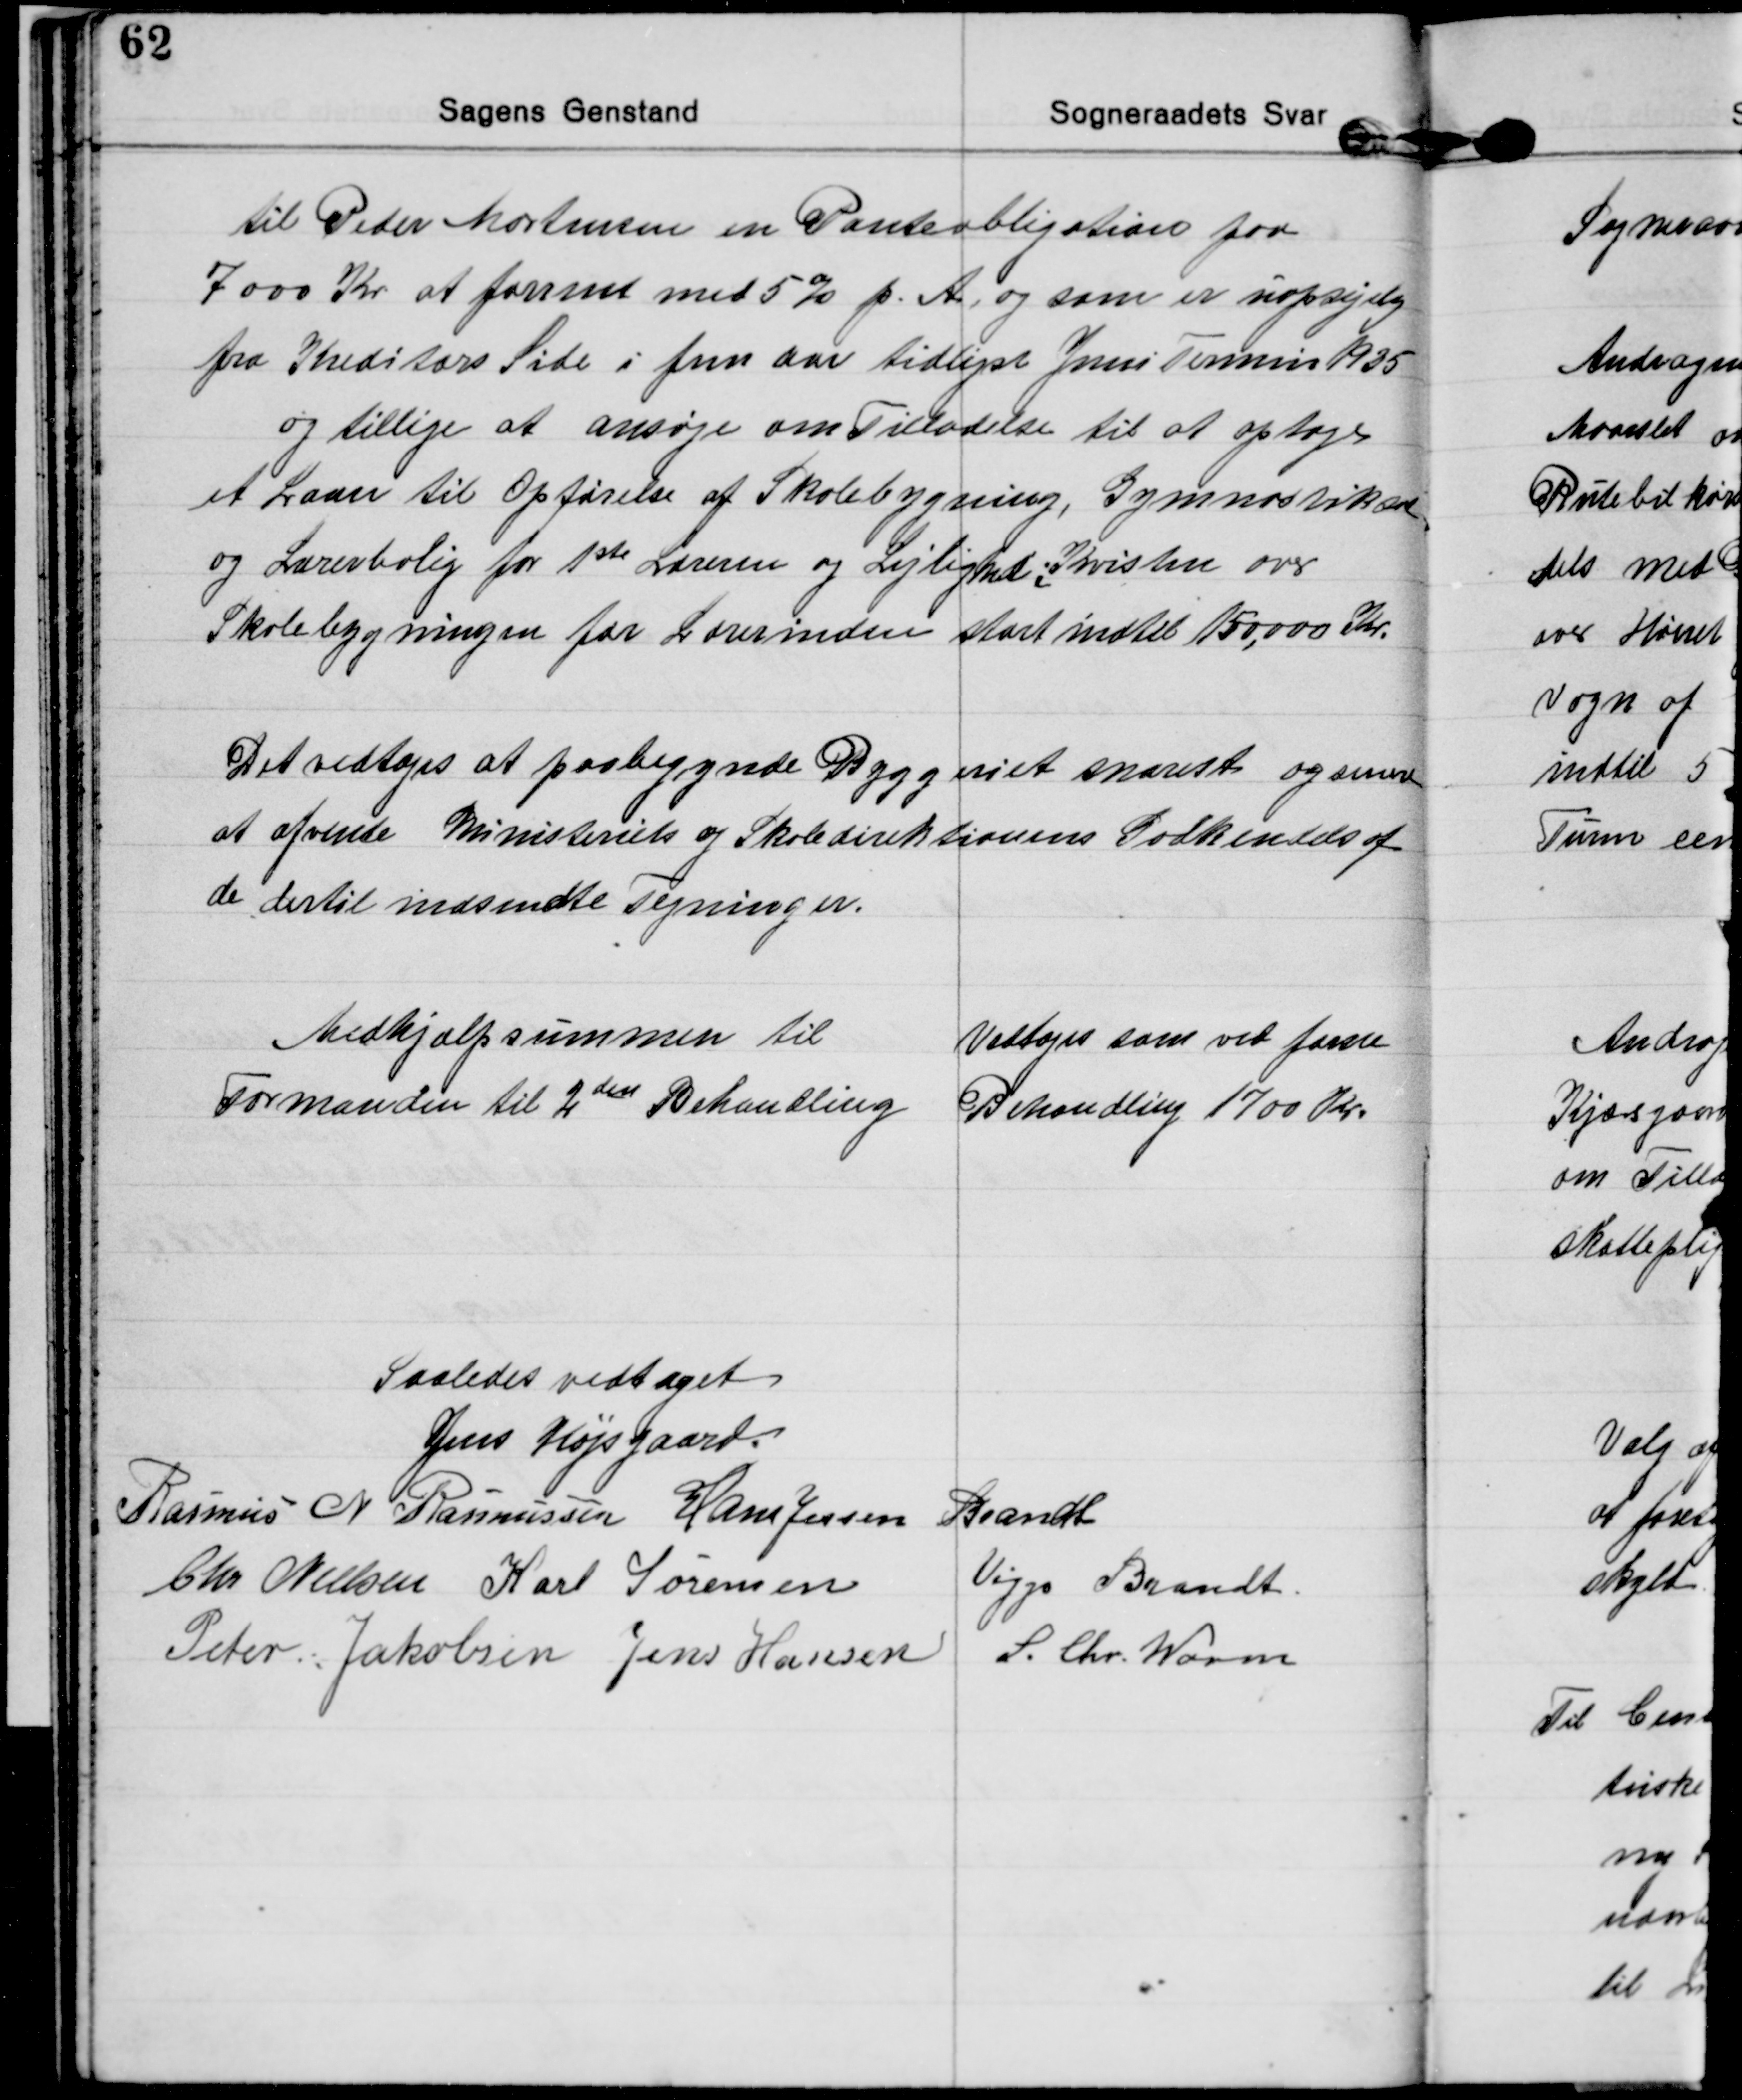
Transskription:
til Peder Mortensen en Panteobligation paa
7000 Kr at forrent med 5% p. A. og som er uopsigelig
fra Kreditors Side i fem aar tidligst Juni Termin 1935
og tillige at ansøge om Tilladelse til at optage
et Laan til Opførelse af Skolebygning, Gymnastiksal
og Lærerbolig for 1ste Læreren og Lejlighed i Kvisten over
Skolebygningen for Lærerinden stort indtil 150.000 Kr.

Det vedtoges at paabeggnde Byggeriet snarest og senere
at afvente Ministeriets og Skoledirektionens Godkendels af
de dertil indsendte Tegninger.

Medhjælpsummen til
Formanden til 2den Behandling
Vedtoges som ved første
Behandling 1700 Kr.

Saaledes vedtaget
Jens Højsgaard.
Rasmus N. Rasmussen Hans Jessen Brandt
Chr. Nielsen Karl Sørensen Viggo Brandt
Peter Jakobsen Jens Hansen
S. Chr. Worm